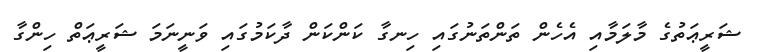
ޝަރީޢަތުގެ މާލަމާއި އެހެން ތަންތަނުގައި ހިނގާ ކަންކަން ދާކަމުގައި ވަނީނަމަ ޝަރީޢަތް ހިންގާ